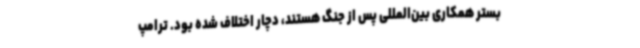
بستر همکاری بین‌المللی پس از جنگ هستند، دچار اختلاف شده بود. ترامپ